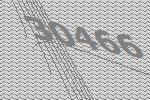
30466